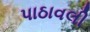
પાઠાવલી